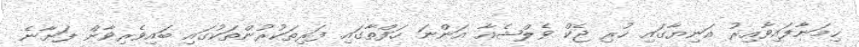
ހިމަނާފައިވާއިރު އަނިޔާގައި ހުރި ޖެކް ވެލްޝެއާ އަންނަ ހަފްތާގައި ފަރިތަކުރުންތަކުގައި ބައިވެރިވާން ފަށާނެ